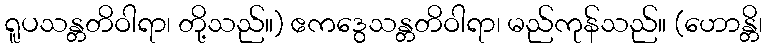
ရူပသန္တတိဝါရာ၊ တို့သည်။) ဧကဒွေသန္တတိဝါရာ၊ မည်ကုန်သည်။ (ဟောန္တိ၊